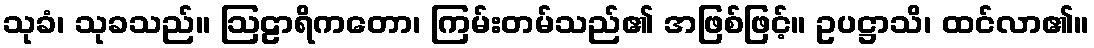
သုခံ၊ သုခသည်။ ဩဠာရိကတော၊ ကြမ်းတမ်သည်၏ အဖြစ်ဖြင့်။ ဥပဋ္ဌာသိ၊ ထင်လာ၏။